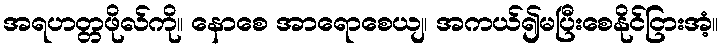
အရဟတ္တဖိုလ်ကို။ နောစေ အာရောစေယျ၊ အကယ်၍မပြီးစေနိုင်ငြားအံ့။